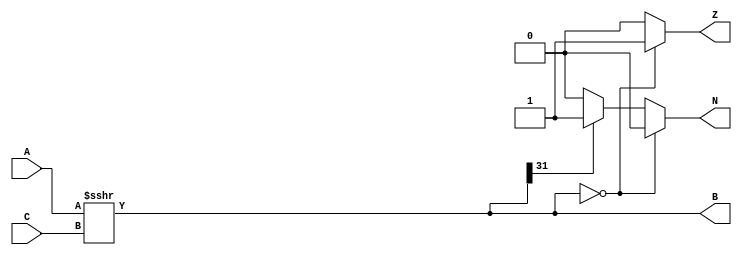
module Arethmatic_Right_Shift(input [31:0] A,C, output reg [31:0] B , output reg  Z ,N );

always@(A or C)
begin
 B = A>>>C;
    if (B == 32'h00000000)
        begin
          Z = 1;
          N = 0;
        end
      else
        begin
          Z = 0;
          if (B[31] == 1'b0)
            N = 0;
          else
            N = 1;
        end
end
endmodule